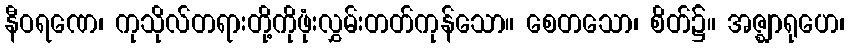
နီဝရဏေ၊ ကုသိုလ်တရားတို့ကိုဖုံးလွှမ်းတတ်ကုန်သော။ စေတသော၊ စိတ်၌။ အဇ္ဈာရုဟေ၊